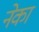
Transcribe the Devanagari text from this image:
नेका